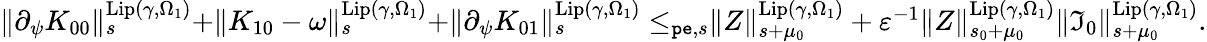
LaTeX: \begin{array}{r}{\rVert\partial_{\psi}K_{00}\rVert_{s}^{\mathrm{Lip}(\gamma,\Omega_{1})}+\rVert K_{10}-\omega\rVert_{s}^{\mathrm{Lip}(\gamma,\Omega_{1})}+\rVert\partial_{\psi}K_{01}\rVert_{s}^{\mathrm{Lip}(\gamma,\Omega_{1})}\le_{\mathtt{pe},s}\rVert Z\rVert_{s+\mu_{0}}^{\mathrm{Lip}(\gamma,\Omega_{1})}+\varepsilon^{-1}\rVert Z\rVert_{s_{0}+\mu_{0}}^{\mathrm{Lip}(\gamma,\Omega_{1})}\rVert\mathfrak{I}_{0}\rVert_{s+\mu_{0}}^{\mathrm{Lip}(\gamma,\Omega_{1})}.}\end{array}